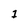
Character: 1